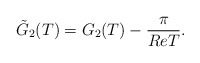
\begin{align*}{\tilde G_2(T)}= G_2(T) - \frac{\pi}{Re T}.\end{align*}